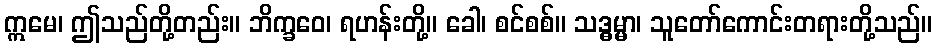
ဣမေ၊ ဤသည်တို့တည်း။ ဘိက္ခဝေ၊ ရဟန်းတို့။ ခေါ၊ စင်စစ်။ သဒ္ဓမ္မာ၊ သူတော်ကောင်းတရားတို့သည်။